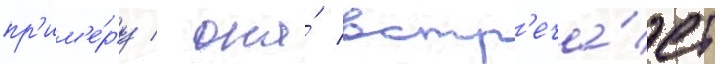
пр'им'е́ру / она́ встр'еча́ет